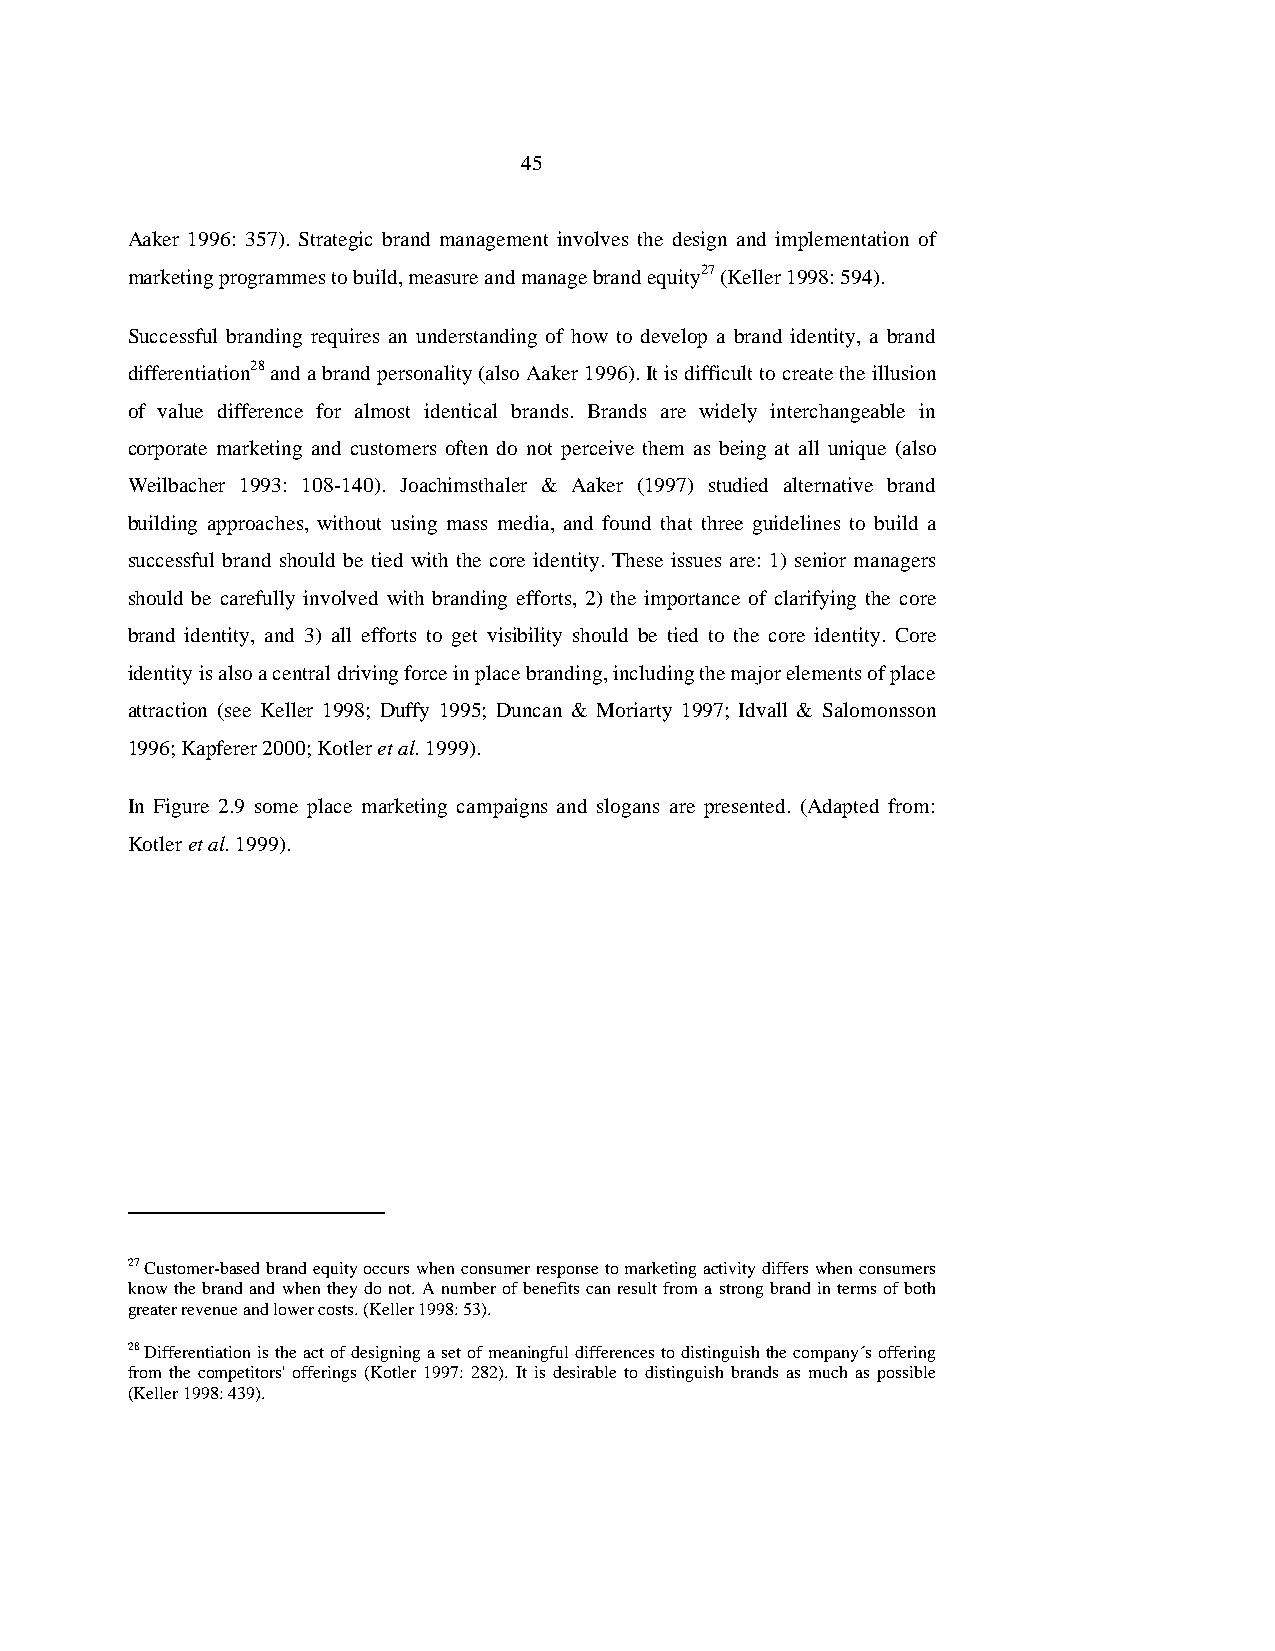
45
 Aaker 1996: 357). Strategic brand management involves the design and implementation of
 marketing programmes to build, measure and manage brand equity27 (Keller 1998: 594).
 Successful branding requires an understanding of how to develop a brand identity, a brand
 differentiation28 and a brand personality (also Aaker 1996). It is difficult to create the illusion
 of value difference for almost identical brands. Brands are widely interchangeable in
 corporate marketing and customers often do not perceive them as being at all unique (also
 Weilbacher 1993: 108-140). Joachimsthaler & Aaker (1997) studied alternative brand
 building approaches, without using mass media, and found that three guidelines to build a
 successful brand should be tied with the core identity. These issues are: 1) senior managers
 should be carefully involved with branding efforts, 2) the importance of clarifying the core
 brand identity, and 3) all efforts to get visibility should be tied to the core identity. Core
 identity is also a central driving force in place branding, including the major elements of place
 attraction (see Keller 1998; Duffy 1995; Duncan & Moriarty 1997; Idvall & Salomonsson
 1996; Kapferer 2000; Kotler et al. 1999).
 In Figure 2.9 some place marketing campaigns and slogans are presented. (Adapted from:
 Kotler et al. 1999).
 27 Customer-based brand equity occurs when consumer response to marketing activity differs when consumers
 know the brand and when they do not. A number of benefits can result from a strong brand in terms of both
 greater revenue and lower costs. (Keller 1998: 53).
 28 Differentiation is the act of designing a set of meaningful differences to distinguish the company´s offering
 from the competitors' offerings (Kotler 1997: 282). It is desirable to distinguish brands as much as possible
 (Keller 1998: 439).